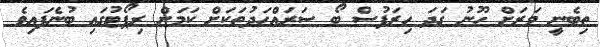
ތިބެނީ ވަރަށް ހޫނު ގަދަ ހިރަފުސް ބޯ ސަރައްހަދުތަކަށް ކަމަށް ރިޕޯޓުގައި ބުނެފައިވެ